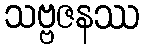
သဗ္ဗဇနဿ